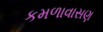
કમળાવાસણ